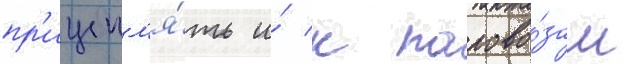
пр'ицепл'я́ть и́ к парово́зам